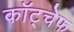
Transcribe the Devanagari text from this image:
कॉट्चेफ